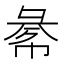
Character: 𢑞